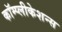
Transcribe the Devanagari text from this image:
कॉम्प्लीकेशन्स